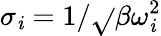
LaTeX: \sigma_{\mathit{i}}=1/\sqrt{}{{\beta\omega_{\mathit{i}}^{2}}}